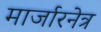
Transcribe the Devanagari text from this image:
मार्जारनेत्र